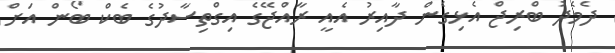
ދެމެދު ބްރިޖް އެޅިގެން ދާއިރު އެއީ ރާއްޖޭގެ އިގްތިސާދުގެ ބެކް ބޯން އަށް